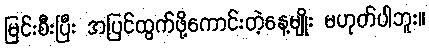
မြင်းစီးပြီး အပြင်ထွက်ဖို့ကောင်းတဲ့နေ့မျိုး မဟုတ်ပါဘူး။